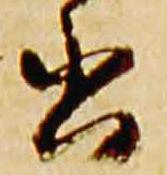
書